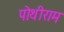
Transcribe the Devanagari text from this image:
पोथीराम